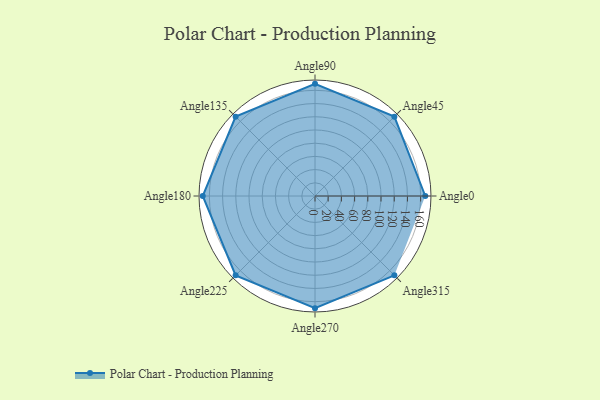
{"axis": {"x": "Angle", "y": "Radius"}, "legend": [""], "data": [{"x": "Angle0", "y": 167.0, "type": ""}, {"x": "Angle45", "y": 170, "type": ""}, {"x": "Angle90", "y": 170.0, "type": ""}, {"x": "Angle135", "y": 170, "type": ""}, {"x": "Angle180", "y": 170, "type": ""}, {"x": "Angle225", "y": 170, "type": ""}, {"x": "Angle270", "y": 170, "type": ""}, {"x": "Angle315", "y": 170, "type": ""}]}